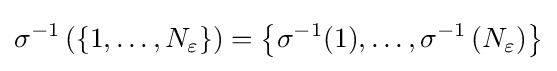
\sigma ^{-1}\left(\left\{1,\ldots ,N_{\varepsilon }\right\}\right)=\left\{\sigma ^{-1}(1),\ldots ,\sigma ^{-1}\left(N_{\varepsilon }\right)\right\}